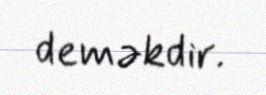
deməkdir.